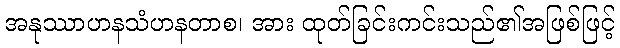
အနုဿာဟနသံဟနတာစ၊ အား ထုတ်ခြင်းကင်းသည်၏အဖြစ်ဖြင့်